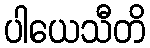
ပါယေသီတိ